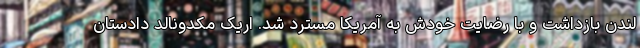
لندن بازداشت و با رضایت خودش به آمریکا مسترد شد. اریک مکدونالد دادستان